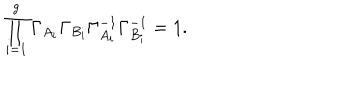
\prod _ { i = 1 } ^ { g } \Gamma _ { A _ { i } } \Gamma _ { B _ { i } } \Gamma _ { A _ { i } } ^ { - 1 } \Gamma _ { B _ { i } } ^ { - 1 } = 1 .